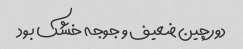
دورچین ضعیف و جوجه خشک بود